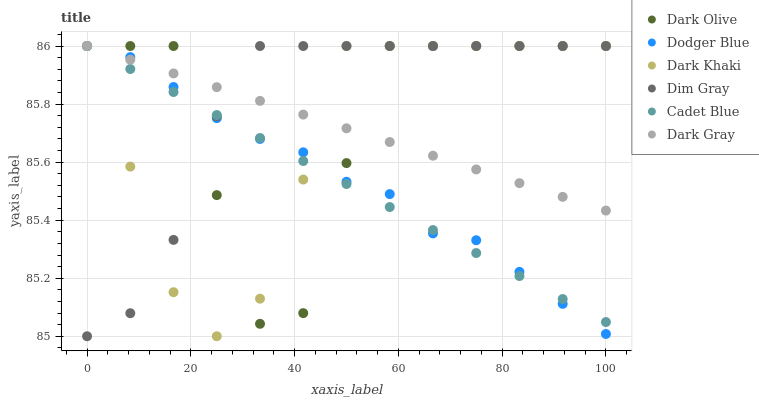
| xaxis_label | Dark Olive | Dodger Blue | Dark Khaki | Dim Gray | Cadet Blue | Dark Gray |
 | --- | --- | --- | --- | --- | --- | --- |
 | 0 | 86 | 86 | 86 | 85 | 86 | 86 |
 | 8.33 | 86 | 86 | 85.6 | 85.1 | 85.9 | 86 |
 | 16.7 | 86 | 85.9 | 85.2 | 85.3 | 85.8 | 85.9 |
 | 25 | 85.5 | 85.8 | 85 | 85.8 | 85.8 | 85.9 |
 | 33.3 | 85 | 85.7 | 85.1 | 86 | 85.7 | 85.8 |
 | 41.7 | 85.1 | 85.6 | 85.5 | 86 | 85.6 | 85.8 |
 | 50 | 85.6 | 85.5 | 86 | 86 | 85.5 | 85.7 |
 | 58.3 | 86 | 85.5 | 86 | 86 | 85.4 | 85.7 |
 | 66.7 | 86 | 85.4 | 86 | 86 | 85.4 | 85.6 |
 | 75 | 86 | 85.3 | 86 | 86 | 85.3 | 85.6 |
 | 83.3 | 86 | 85.2 | 86 | 86 | 85.2 | 85.5 |
 | 91.7 | 86 | 85.1 | 86 | 86 | 85.1 | 85.5 |
 | 100 | 86 | 85 | 86 | 86 | 85 | 85.4 |